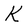
Character: K